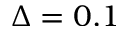
\Delta = 0 . 1